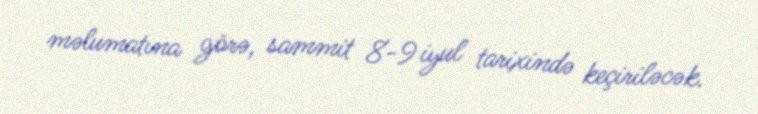
məlumatına görə, sammit 8-9 iyul tarixində keçiriləcək.